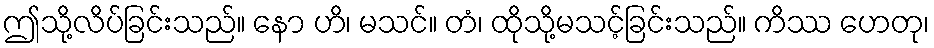
ဤသို့လိပ်ခြင်းသည်။ နော ဟိ၊ မသင်။ တံ၊ ထိုသို့မသင့်ခြင်းသည်။ ကိဿ ဟေတု၊